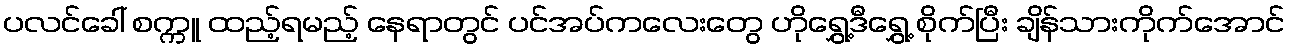
ပလင်ခေါ် စက္ကူ ထည့်ရမည့် နေရာတွင် ပင်အပ်ကလေးတွေ ဟိုရွှေ့ဒီရွှေ့ စိုက်ပြီး ချိန်သားကိုက်အောင်